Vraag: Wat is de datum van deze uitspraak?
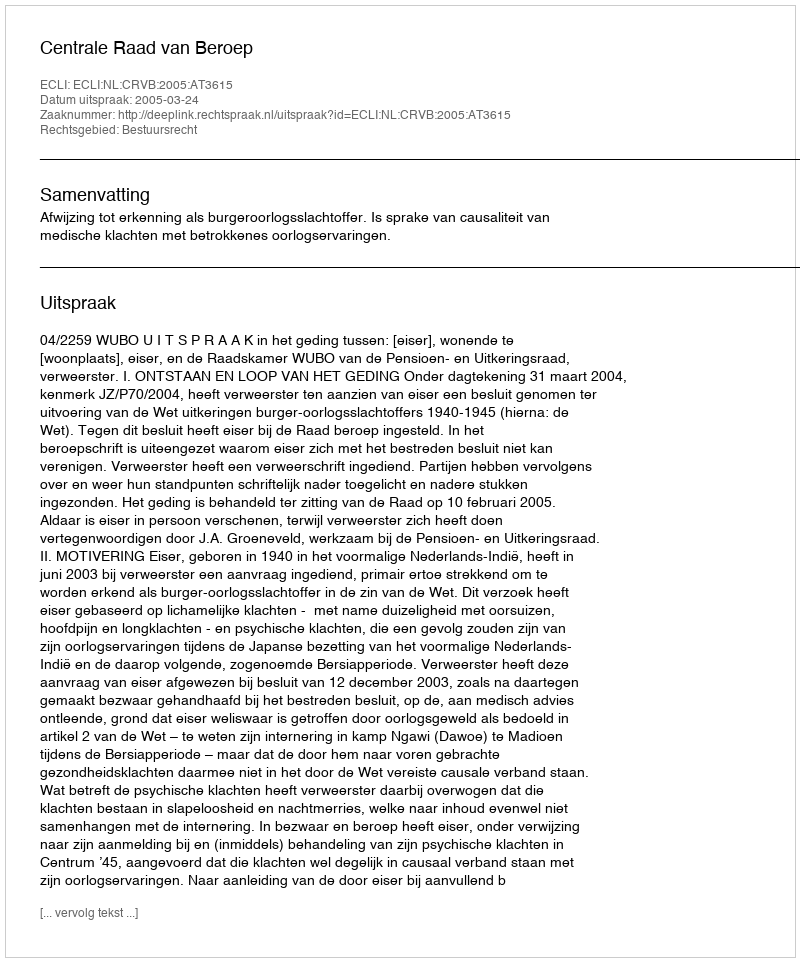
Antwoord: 2005-03-24